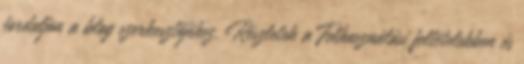
forduljon a blog szerkesztőjéhez. Részletek a Felhasználási feltételekben és